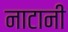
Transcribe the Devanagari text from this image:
नाटानी